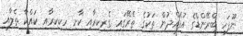
ނޫފަހި ބްރޭންޑްގެ އުފެއްދުން ތަކުގެ ތެރޭގައި ގެރިކިރާއި ކާށި ހިކިކިރާއި ކައްކާ ތެލާއި